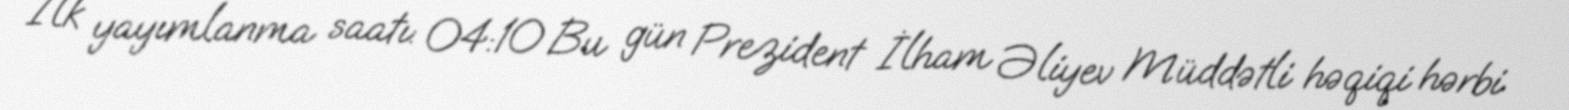
İlk yayımlanma saatı: 04:10 Bu gün Prezident İlham Əliyev Müddətli həqiqi hərbi